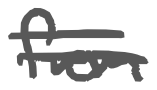
Text: from
Cross-out: double-line
Writing tool: digital_gray